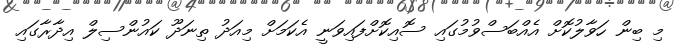
މި ބިން ހަވާލުކޮށް އެއްބަސްވުމުގައި ސޮއިކޮށްފައިވަނީ އެކަމަށް މިއަދު ތިނަދޫ ކައުންސިލް އިދާރާގައި